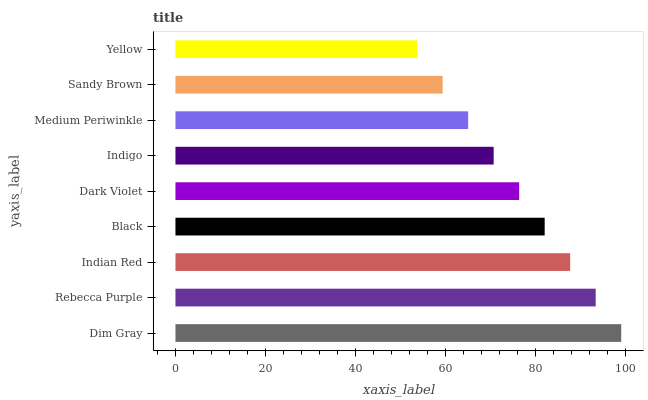
| yaxis_label | bars |
 | --- | --- |
 | Dim Gray | 99 |
 | Rebecca Purple | 93.3 |
 | Indian Red | 87.7 |
 | Black | 82 |
 | Dark Violet | 76.3 |
 | Indigo | 70.7 |
 | Medium Periwinkle | 65 |
 | Sandy Brown | 59.3 |
 | Yellow | 53.7 |